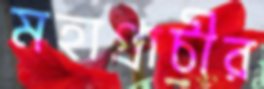
মহাপ্রাচীর